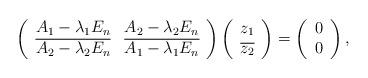
LaTeX: \begin{align*}\left(\begin{array}{cc}A_1-\lambda_1 E_n &A_2-\lambda_2 E_n \\\overline{A_2-\lambda_2 E_n}&\overline{A_1-\lambda_1 E_n} \\\end{array}\right)\left(\begin{array}{c}z_1 \\\overline{z_2} \\\end{array}\right)=\left(\begin{array}{c}0 \\0 \\\end{array}\right),\end{align*}